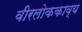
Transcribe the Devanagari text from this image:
वीरलोककाव्य